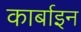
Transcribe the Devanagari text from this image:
कार्बाइन